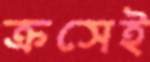
ক্রসেই